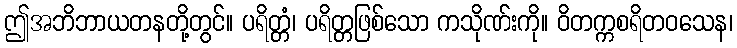
ဤအဘိဘာယတနတို့တွင်။ ပရိတ္တံ၊ ပရိတ္တဖြစ်သော ကသိုဏ်းကို။ ဝိတက္ကစရိတဝသေန၊